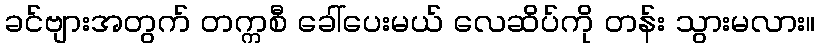
ခင်ဗျားအတွက် တက္ကစီ ခေါ်ပေးမယ် လေဆိပ်ကို တန်း သွားမလား။